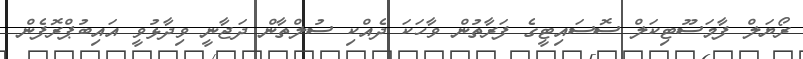
ރޯޔަލް ފާމަސޫޓިކަލް ސޮސައިޓީގެ ފަރާތުން ވާހަކަ ދެއްކި ސުލްތާން ދަޖާނީ ވިދާޅުވީ އައިބުޕްރޮފެން